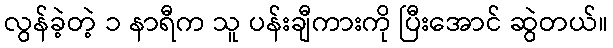
လွန်ခဲ့တဲ့ ၁ နာရီက သူ ပန်းချီကားကို ပြီးအောင် ဆွဲတယ်။